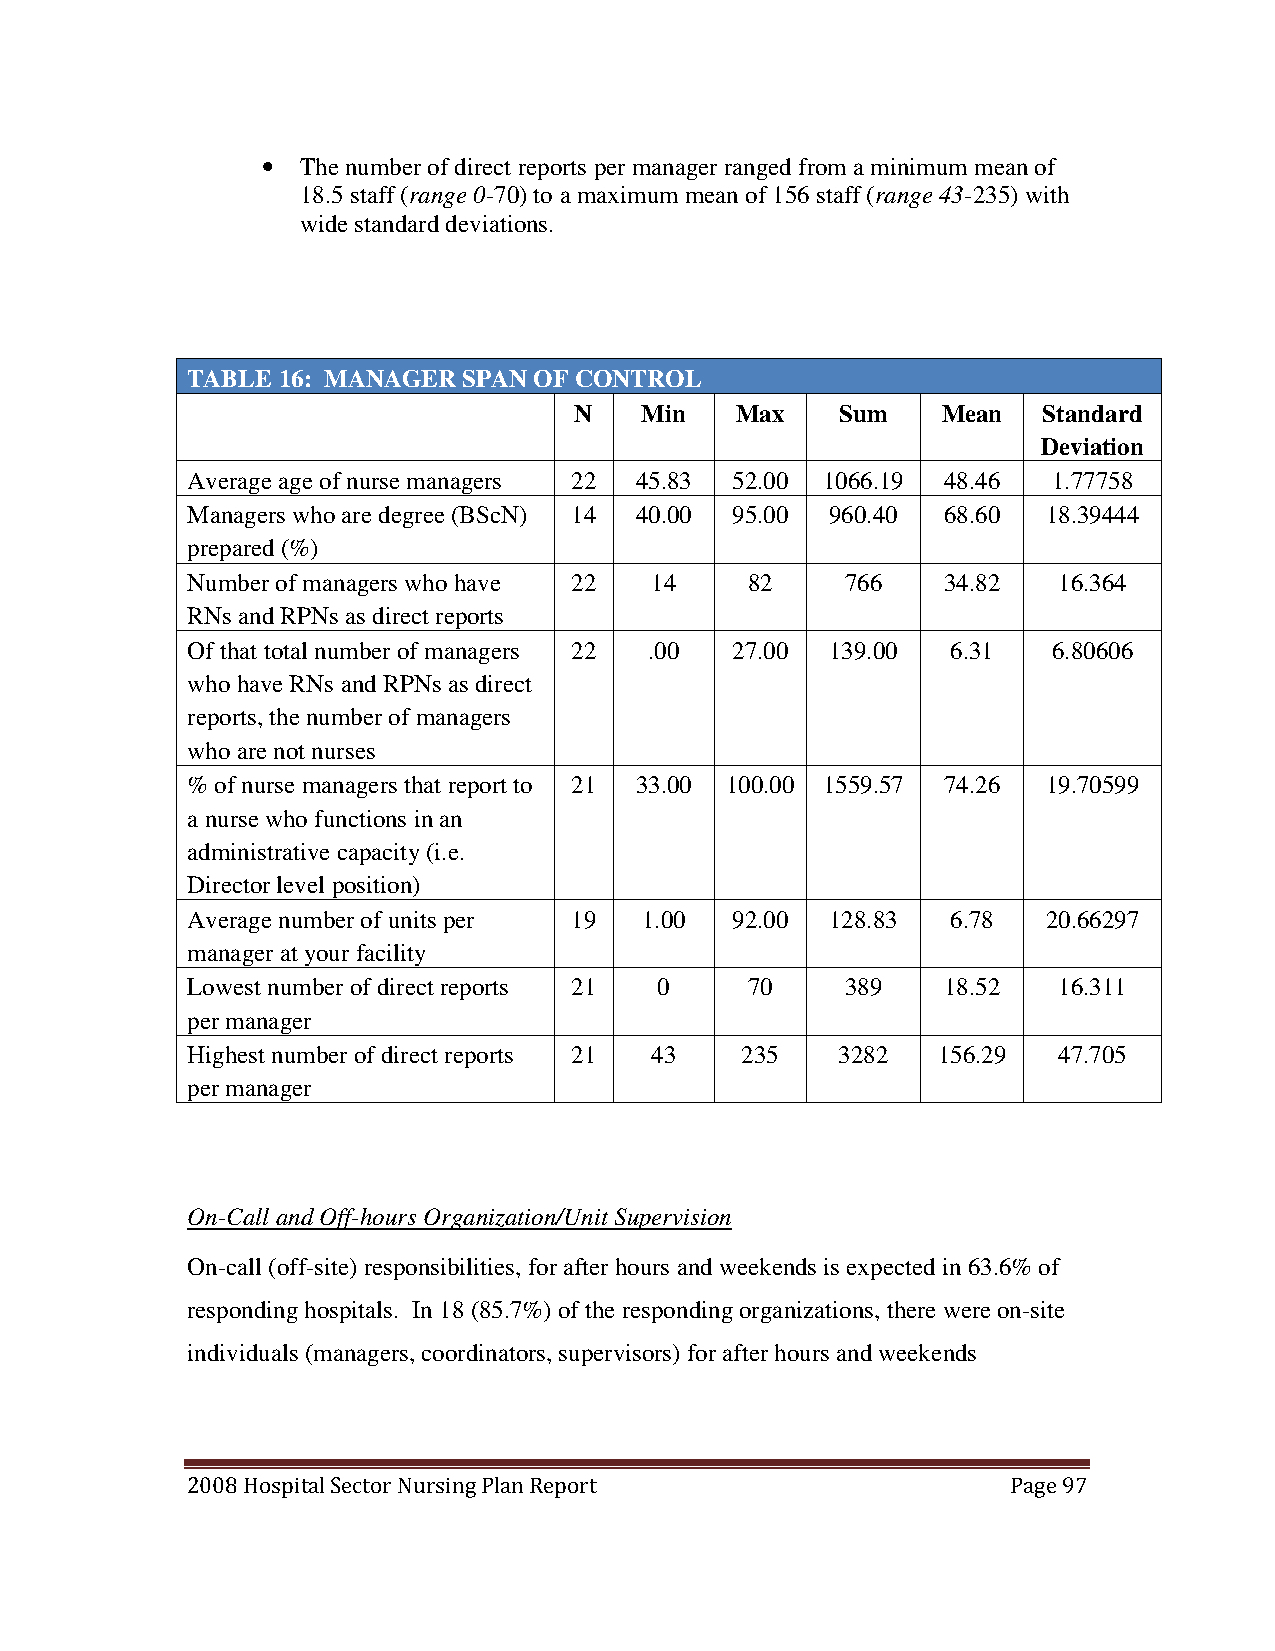
•  The number of direct reports per manager ranged from a minimum mean of
 18.5 staff (range 0-70) to a maximum mean of 156 staff (range 43-235) with
 wide standard deviations.
 TABLE 16: MANAGER  SPAN OF CONTROL
 N   Min    Max    Sum   Mean   Standard
 Deviation
 Average age of nurse managers 2 2 4 5 . 8 3 5 2 . 0 0 1 0 6 6 . 1 9 4 8 . 4 6 1 . 7 7 7 58
 Managers who are degree (BScN) 14 40.00 95.00 960.40 68.60 18.39444
 prepared (%)
 Number of managers who have 22 14     82    766   34.82   16.364
 RNs and RPNs as direct reports
 Of that total number of managers 22 .00 27.00 139.00 6.31 6.80606
 who have RNs and RPNs as direct
 reports, the number of managers
 who are not nurses
 % of nurse managers that report to 21 33.00 100.00 1559.57 74.26 19.70599
 a nurse who functions in an
 administrative capacity (i.e.
 Director level position)
 Average number of units per 19 1.00 92.00  128.83  6.78  20.66297
 manager at your facility
 Lowest number of direct reports 21 0  70    389   18.52   16.311
 per manager
 Highest number of direct reports 21 43 235  3282  156.29  47.705
 per manager
 On-Call and Off-hours Organization/Unit Supervision
 On-call (off-site) responsibilities, for after hours and weekends is expected in 63.6% of
 responding hospitals. In 18 (85.7%) of the responding organizations, there were on-site
 individuals (managers, coordinators, supervisors) for after hours and weekends
 2008 Hospital Sector Nursing Plan Report               Page 97